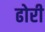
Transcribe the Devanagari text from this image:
ढोरी